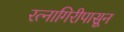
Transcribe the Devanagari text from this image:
रत्‍नागिरीपासून